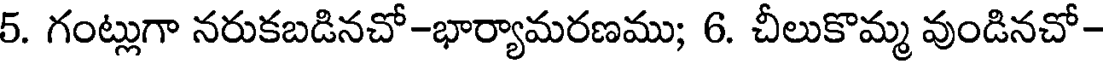
5. గంట్లుగా నరుకబడినచో-భార్యామరణము; 6. చీలుకొమ్మ వుండినచో-